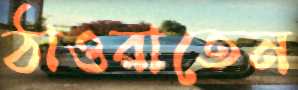
ঠাওরাতেন